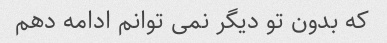
که بدون تو دیگر نمی توانم ادامه دهم